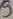
Text: 5